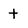
Character: t